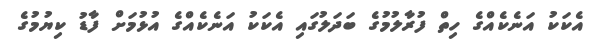
އެކަކު އަނެކެއްގެ ހިތް ފުރާލުމުގެ ބަދަލުގައި އެކަކު އަނެކެއްގެ އުޅުމަށް ފާޑު ކިޔުމުގެ